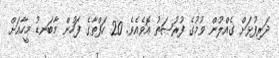
ދަރިފުޅަށް ގެއްލުން ވުމުގެ ފުރުޞަތު އޮވެއެވެ. 20 ހަފްތާގެ ފަހުން މާބަނޑު މީހާއަށް